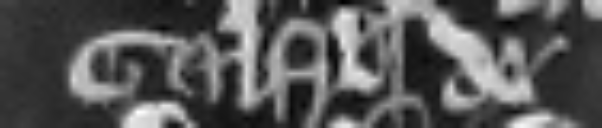
Galfridum de